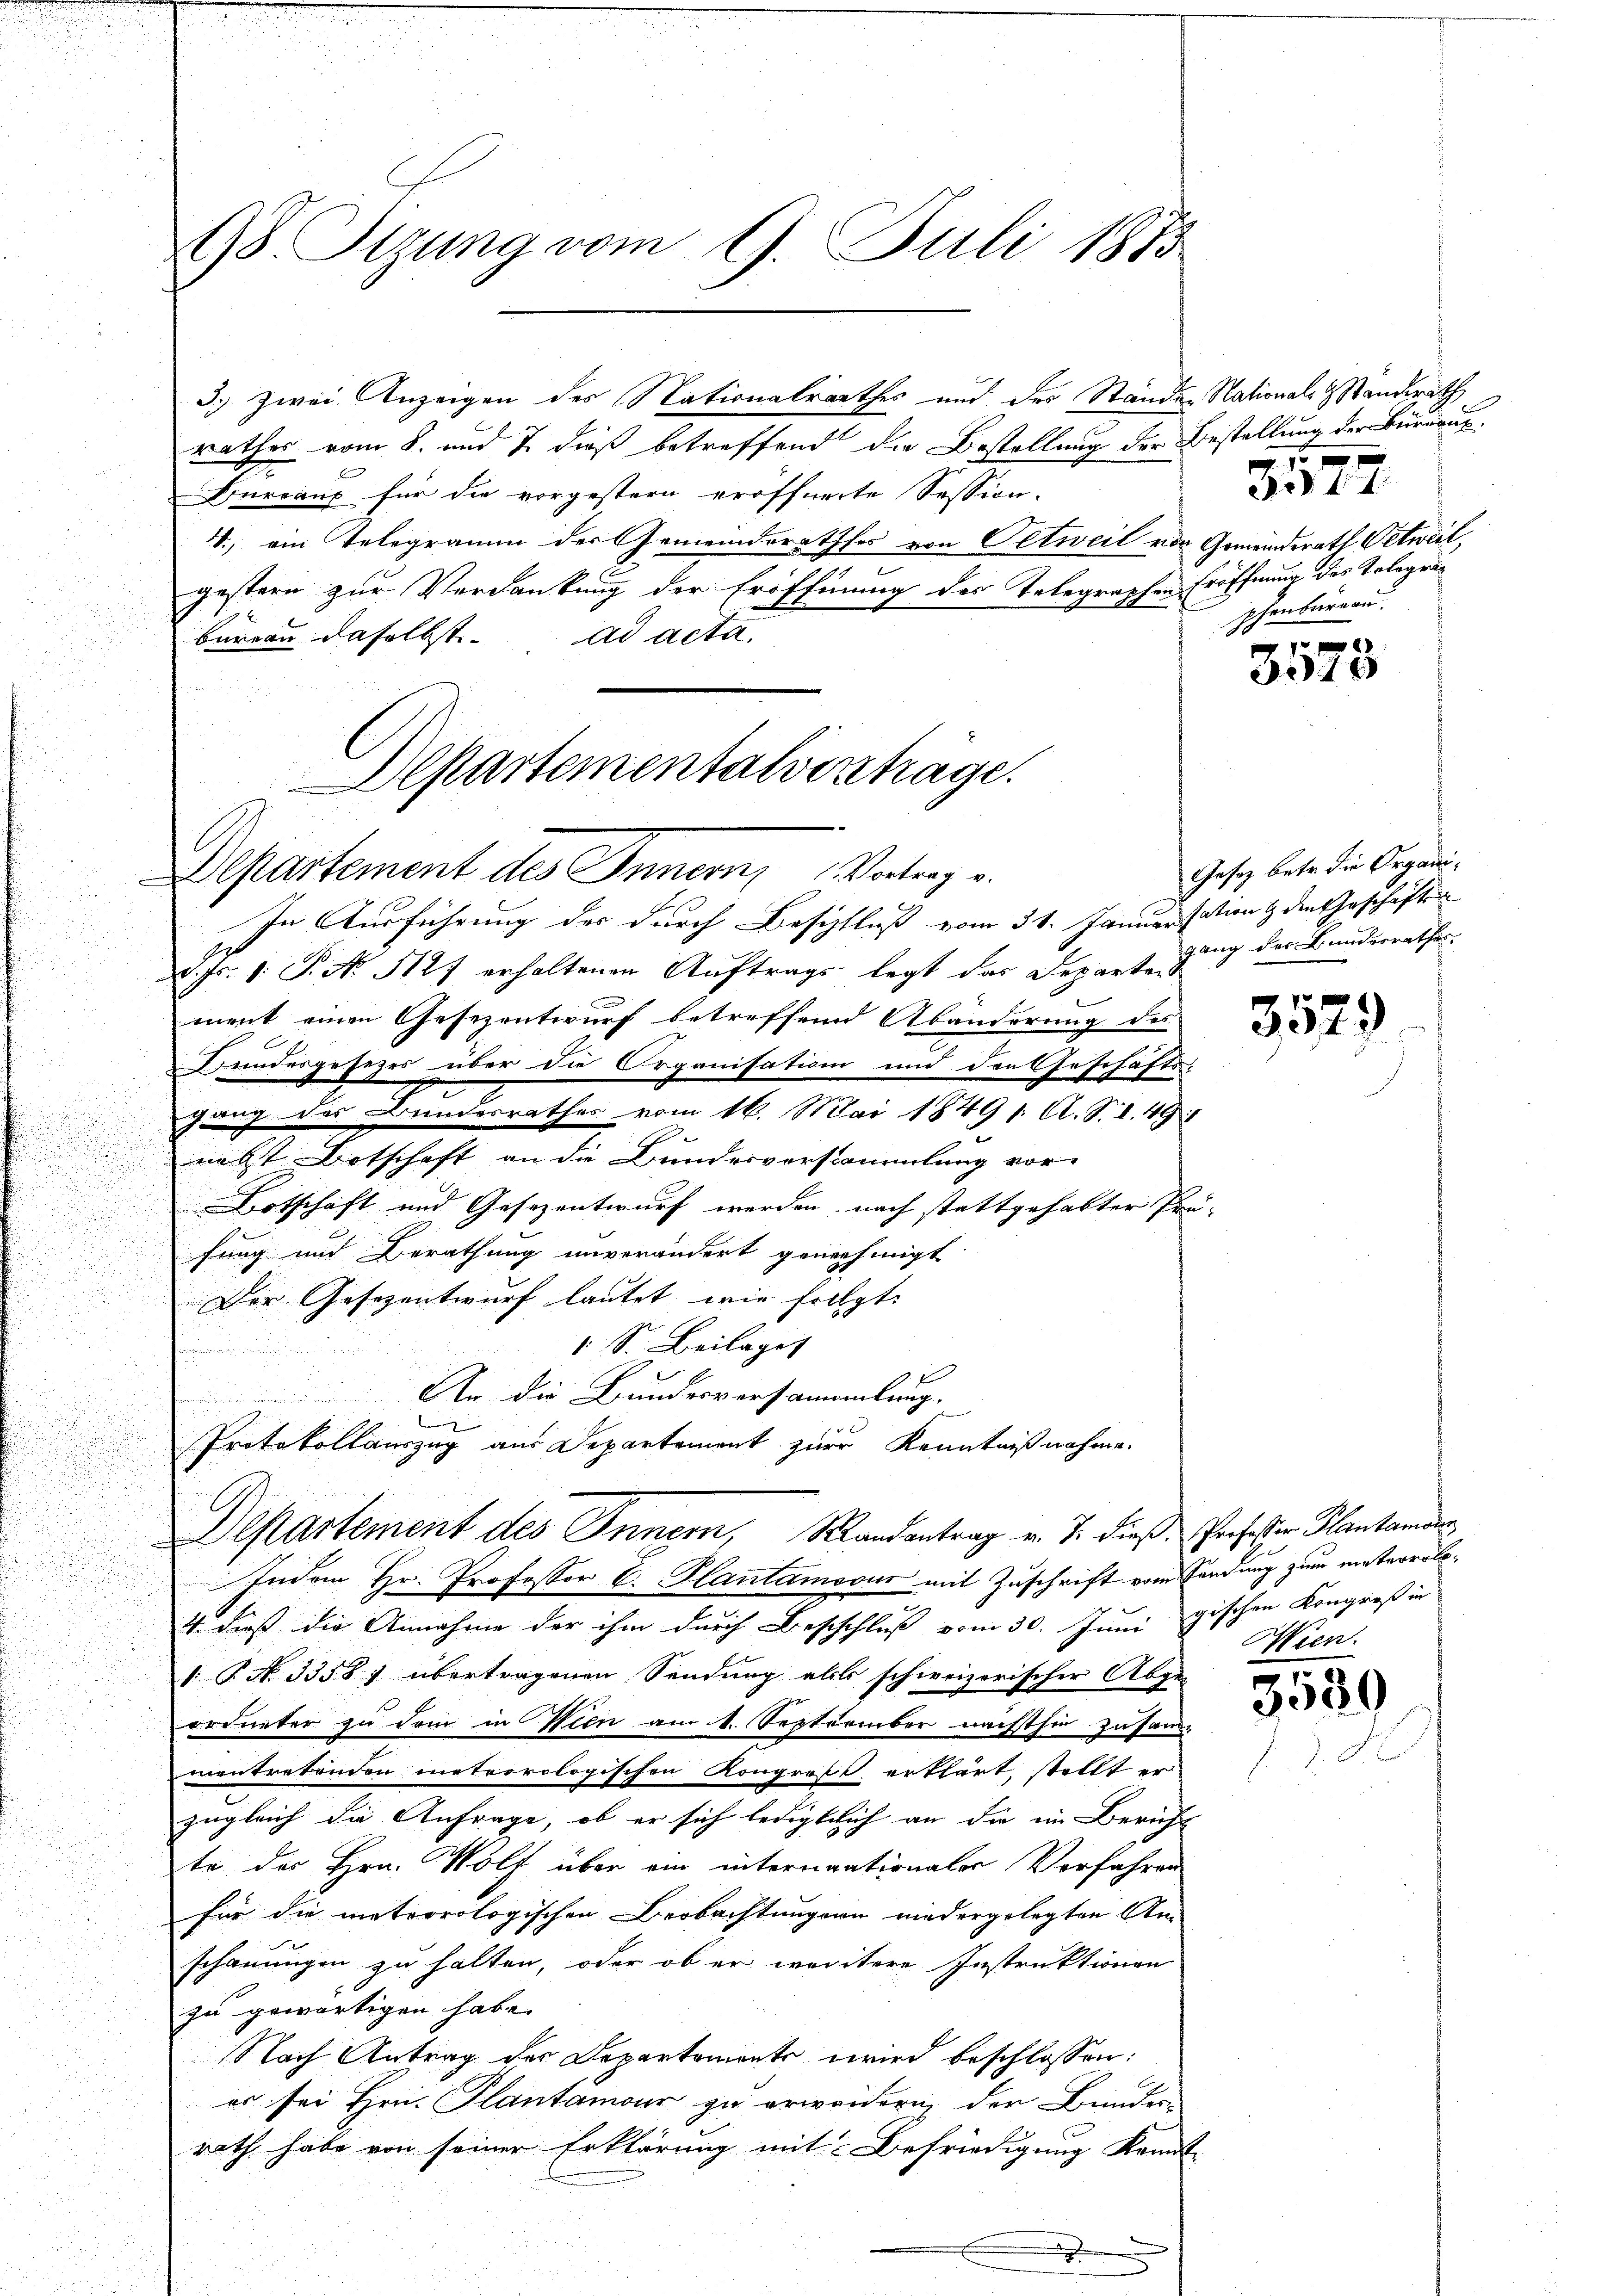
98 Sizung vom 9. Juli 1873

3.) zwei Anzeigen des Nationalrathes und des Stande Nationals Standerath
rathes vom 8. und 7. dieß betreffend die Bestellung der Bestellung der Büreauf¬
Bureaux für die vorgestern eröffnerte Session-
4.) ein Telegramm der Gemeindsrathes von Oetweil vor Gemeinderath Oetweil,
gestern zur Verdankung der Eröffnung des Telegraphen Eröffnung des Telegrabarren daselbst. ad acta.
Departementalverträge.

Departement des Innern, Vortrage

In Ausführung des durch Beschfluß vom 31. Januar stanz den Geschäfte
d. Js. v. P. Nr. 117 erhaltenen Auftrags legt das Departen
ment einen Gesezentwurf betreffend Abänderung des
Bundesgesezes über die Organisation und den Geschäfts-
gang des Bundesrathes vom 16. Mai 1849 1. A. S. I. 49
nebst Botschaft an die Bundesverstammlung vor-
Botschaft und Gesezentwurf werden, nach stattgehabter Prä-
fung und Berathung unverändert genehmigt
Der Gesezentwurf lautet, wie folgt:
1 S. Beilage
Faradirtes
Indem Hr. Professor C. Hautamocus mit Zuschrift vom Sendung zum meteorolo¬
4. dieß die Annahme der ihm durch Beschluß vom 30. Juni gischen Kongreß in
1 P. N. 3358) übertragenen Sendung alls schweizerischer Abge-
ordneter zu dem in Wien am 1. September nächsthin zusam-
mantretenden meteorologischen Kongress erklärt, stellt er
zugleich die Anfrage, ob er sich ledigtlich an die im Bericht
te des Hrn. Wolf über ein internationaler Verfahren
für die meteorologischen Beobachtungen niedergelegten An-
schauungen zu halten, oder ob er weitere Instruktionen
zu gewärtigen habe.
Nach Antrag des Departements wird beschlossen:
es sei Hrn. Plantamour zu erwandern, der Bunder
rath habe von seiner Erklärung mit Befriedigung kannt.

An die Bundesversammlung.
Protokollauszug aus Departement zur Kenntnißnahme.
Departement des Innern, Randantrag v. J. dieß Professor Plantanden

x x
phenbüreau.
g

3514

3310

Gesetz betr. die Organigang der Bundesrathes

3579

Mien.

3580